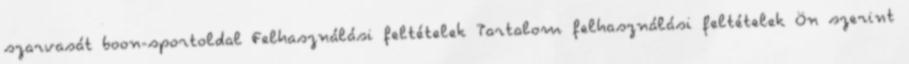
szarvasát boon-sportoldal Felhasználási feltételek Tartalom felhasználási feltételek Ön szerint